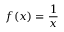
f ( x ) = { \frac { 1 } { x } }